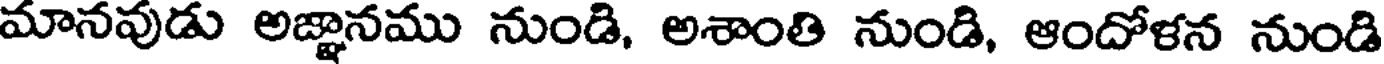
మానవుడు అజ్జానము నుండి, అశాంతి నుండి, ఆందోళన నుండి